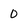
Character: 0